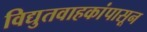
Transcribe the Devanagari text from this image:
विद्युतवाहकांपासून